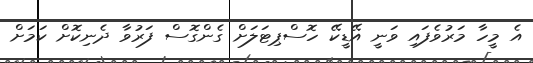
އެ މީހާ މަރުވެފައި ވަނީ އޭޑީކޭ ހޮސްޕިޓަލަށް ގެންގޮސް ފަރުވާ ދެނިކޮށް ކަމަށް